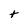
Character: t